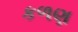
કળણ